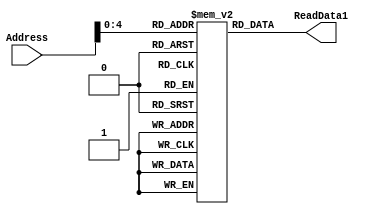
`timescale 1ns / 1ns
module Instruction_Memory(Address, ReadData1);
parameter BITSIZE = 32;
parameter REGSIZE = 32;
input [REGSIZE-1:0] Address;
output reg [BITSIZE-1:0] ReadData1;

reg [BITSIZE-1:0] memory_file [0:REGSIZE-1];	// Entire list of memory

// Asyncronous read of memory. Was not specified.
always @(Address, memory_file[Address])
begin
	ReadData1 = memory_file[Address];
end

//filling the instruction memory 
initial
	begin
		memory_file[0] = 32'b11110010100_0000000000000001_00010; //movk x2, 1
		memory_file[1] = 32'b11110010100_0000000000000111_00001; //moxk x1, 7
		memory_file[2] = 32'b10001011000_00001_000000_00010_01010; //add x10, x2, x1		
        memory_file[3] = 32'b10001010000_01010_000000_00001_00011; //and x3, x1, x10
        memory_file[4] = 32'b10001011000_00010_000000_00001_00100; //add x4, x1, x2
        memory_file[5] = 32'b10101010000_00010_000000_00001_00101; //orr x5, x1, x2
		memory_file[6] = 32'b11001011000_00010_000000_00001_00110; //sub x6, x1, x2
        memory_file[7] = 32'b11111000000_00000000011_00010_00001; //stur x1, [x2, 3]
        memory_file[8] = 32'b11111000010_00000000011_00010_00111; //ldur x7, [x2, 3]
        memory_file[9] = 32'b00010100000_000000000000000000010; //b 2
        memory_file[11] = 32'b11110010100_0000000000000000_01000; //movk x8, 0
        memory_file[12] = 32'b101101000000_000000000000011_00111; //cbz x7, 3
        memory_file[13] = 32'b101101000000_000000000000010_01000; //cbz x8, 2
        memory_file[15] = 32'b11110010100_0000000000000000_01000; //movk x8, 0
	end

endmodule